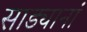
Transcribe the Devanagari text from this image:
साड्यानां